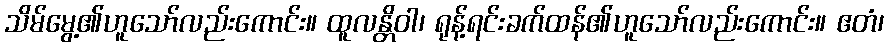
သိမ်မွေ့၏ဟူသော်လည်းကောင်း။ ထူလန္တိဝါ၊ ရုန့်ရင်းခက်ထန်၏ဟူသော်လည်းကောင်း။ ဧတံ၊